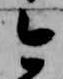
今